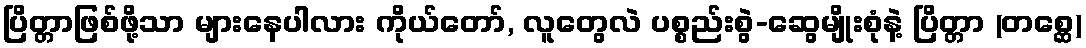
ပြိတ္တာဖြစ်ဖို့သာ များနေပါလား ကိုယ်တော်, လူတွေလဲ ပစ္စည်းစွဲ-ဆွေမျိုးစုံနဲ့ ပြိတ္တာ (တစ္ဆေ)